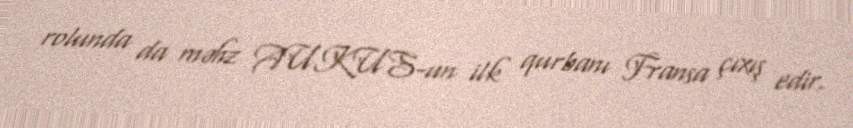
rolunda da məhz AUKUS-un ilk qurbanı Fransa çıxış edir.